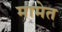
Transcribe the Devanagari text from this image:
मामेत